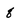
Character: 8